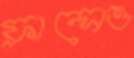
ফ্রান্সেও